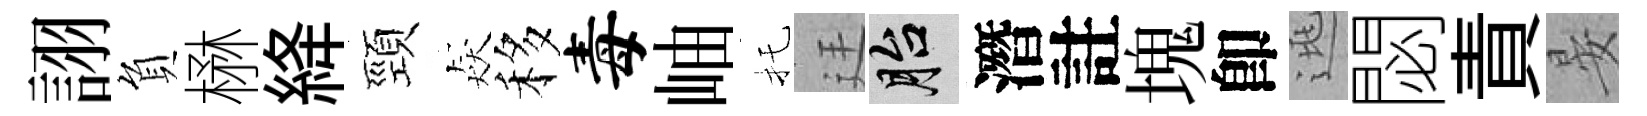
詡負楙絳頸猋移毒岫托廷胎潛註塊卽逃閟責晏